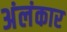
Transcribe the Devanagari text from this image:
अंलंकार